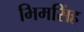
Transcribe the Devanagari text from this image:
भिमसिंह